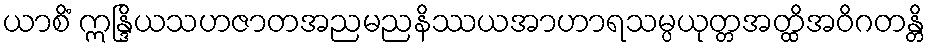
ယာစိံ ဣန္ဒြိယသဟဇာတအညမညနိဿယအာဟာရသမ္ပယုတ္တအတ္ထိအဝိဂတန္တိ